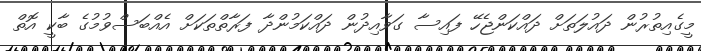
މީގެއިތުރުން ދައުލަތަށް ދައްކަންޖެހޭ ފައިސާ ގަވާއިދުން ދައްކަމުންދާ ފަރާތްތަކަށް އެއްބަސްވުމުގެ ބާކީ އޮތް